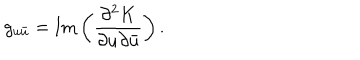
g _ { u \bar { u } } = \mathrm { I m } \left( \frac { \partial ^ { 2 } K } { \partial u \partial \bar { u } } \right) .